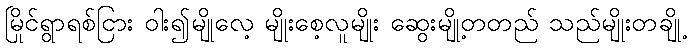
မြိုင်ရွာရစ်ငြား ဝါး၍မျိုလေ့ မျိုးစေ့လူမျိုး ဆွေးမျို့တတည် သည်မျိုးတချို့